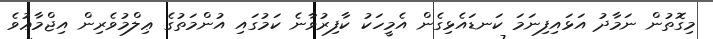
މިގޮތުން ނަމާދު އަޅައިފިނަމަ ކަނޑައެޅިގެން އެމީހަކު ކާފިރުވާނެ ކަމުގައި އުންމަތުގެ ޢިލްމުވެރިން އިޖްމާޢުވެ